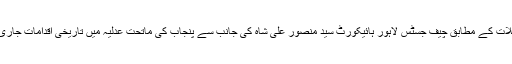
تفصیلات کے مطابق چیف جسٹس لاہور ہائیکورٹ سید منصور علی شاہ کی جانب سے پنجاب کی ماتحت عدلیہ میں تاریخی اقدامات جاری ہیں۔